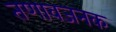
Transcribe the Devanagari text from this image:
तणावजनक